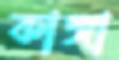
কাঙ্গা